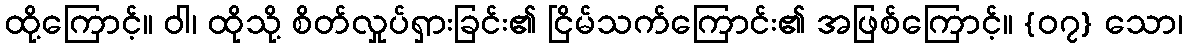
ထို့ကြောင့်။ ဝါ၊ ထိုသို့ စိတ်လှုပ်ရှားခြင်း၏ ငြိမ်သက်ကြောင်း၏ အဖြစ်ကြောင့်။ {၀၇} သော၊